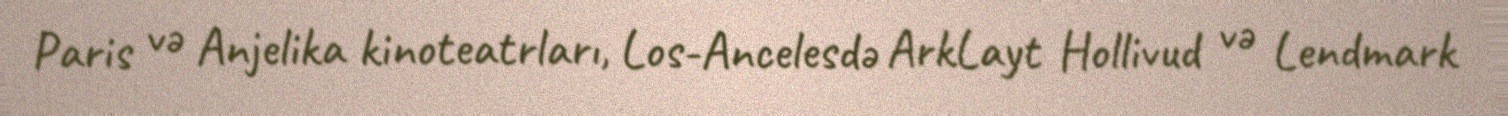
Paris və Anjelika kinoteatrları, Los-Ancelesdə ArkLayt Hollivud və Lendmark